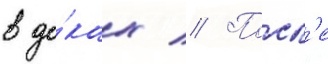
в до́ках // Посл'е